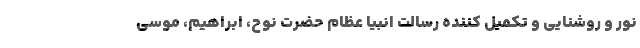
نور و روشنایی و تکمیل کننده رسالت انبیا عظام حضرت نوح، ابراهیم، موسی